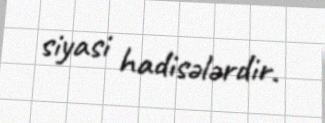
siyasi hadisələrdir.